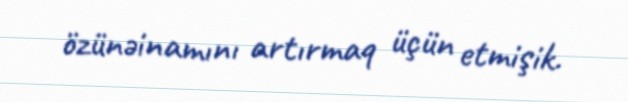
özünəinamını artırmaq üçün etmişik.